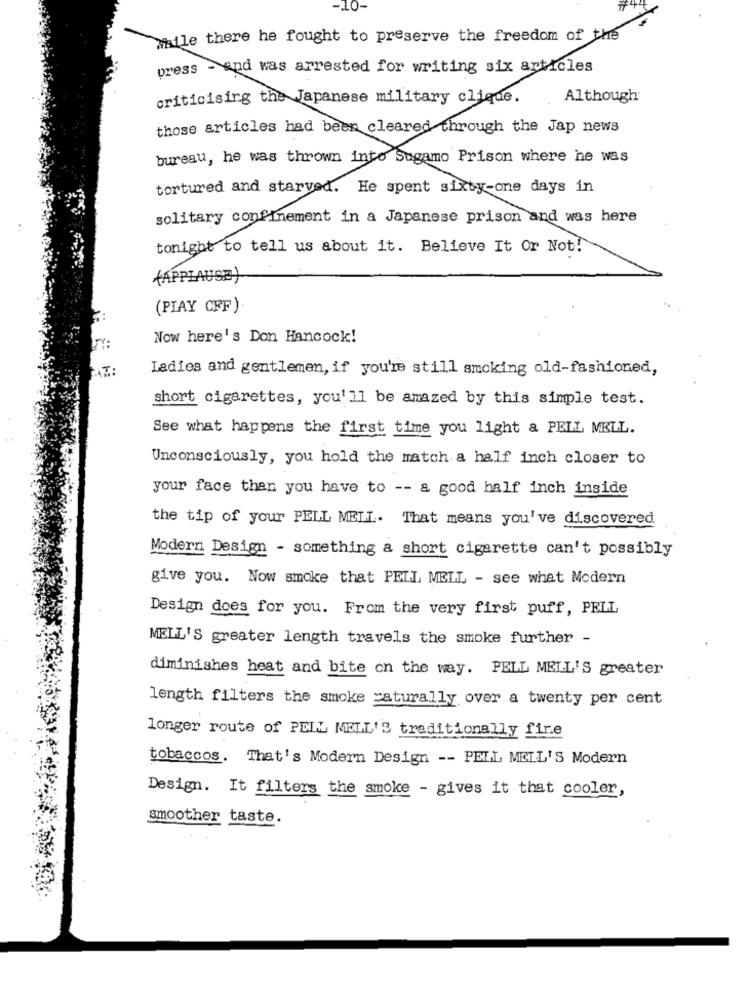
Mile there he fought to preserve the freedom of the
press - and was arrested for writing six articles
criticising the Japanese military clique.
Although
those articles had been cleared through the Jap news
bureau, he was thrown into Sugamo Prison where he was
tortured and starved. He spent sixty-one days in
solitary confinement in a Japanese prison and was here
tonight to tell us about it. Believe It Or Not!
(APPLAUSE)
(PIAY CFF)
Now here's Don Hancock!
Ladies and gentlemen, if you're still smoking old-fashioned,
short cigarettes, you'll be amazed by this simple test.
See what happens the first time you light a PELL MELL.
Unconsciously, you hold the match a half inch closer to
your face than you have to -- a good half inch inside
the tip of your PELL MELL. That means you've discovered
Modern Design - something a short cigarette can't possibly
give you. Now smoke that PELL MELL - see what Modern
Design does for you. From the very first puff, PELL
MELL'S greater length travels the smoke further -
diminishes heat and bite on the way. PELL MELL'S greater
length filters the smoke _aturally over a twenty per cent
longer route of PELL MELL'S traditionally fire
tobaccos. That's Modern Design -- PELL MELL'S Modern
Design. It filters the smoke - gives it that cooler,
smoother taste.